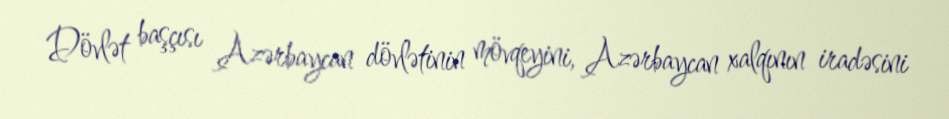
Dövlət başçısı Azərbaycan dövlətinin mövqeyini, Azərbaycan xalqının iradəsini